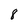
Character: 8